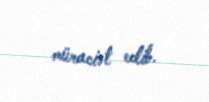
müraciət edib.